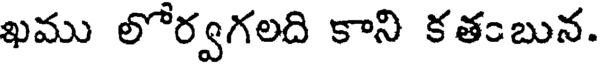
ఖము లోర్వగలది కాని కతంబున.